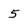
Character: 5